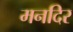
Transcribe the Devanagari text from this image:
मनदिर